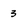
Character: 3